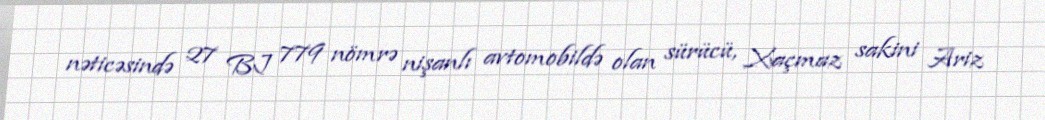
nəticəsində 27 BJ 779 nömrə nişanlı avtomobildə olan sürücü, Xaçmaz sakini Ariz